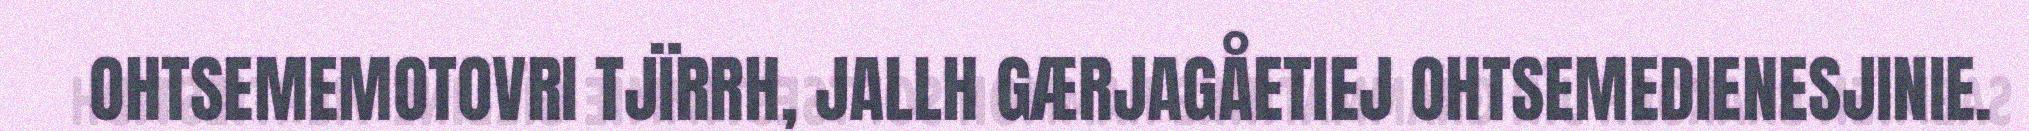
OHTSEMEMOTOVRI TJÏRRH, JALLH GÆRJAGÅETIEJ OHTSEMEDIENESJINIE.